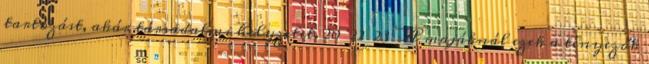
tartozást, akár társadalmi helyzetet. 20 22 23 A majáknál ezek a tényezők